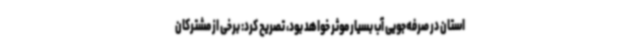
استان در صرفه‌جویی آب بسیار موثر خواهد بود، تصریح کرد: برخی از مشترکان